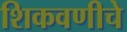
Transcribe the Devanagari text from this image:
शिकवणीचे